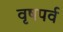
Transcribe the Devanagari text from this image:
वृषपर्व